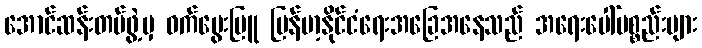
အောင်ဆန်းတပ်ဖွဲ့မှ ဝက်မွေးမြူ မြန်မာ့နိုင်ငံရေးအခြေအနေသည် အရေးပေါ်ပစ္စည်းများ